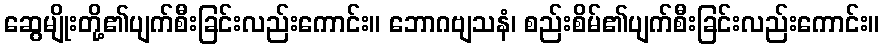
ဆွေမျိုးတို့၏ပျက်စီးခြင်းလည်းကောင်း။ ဘောဂဗျသနံ၊ စည်းစိမ်၏ပျက်စီးခြင်းလည်းကောင်း။